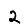
Digit: 2